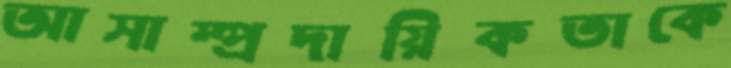
আসাম্প্রদায়িকতাকে